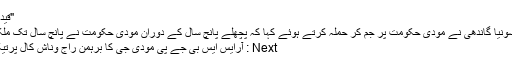
"قیدِ حات و بندِ غم"
Previous : سونیا گاندھی نے مودی حکومت پر جم کر حملہ کرتے ہوئے کہا کہ پچھلے پانچ سال کے دوران مودی حکومت نے پانچ سال تک ملک کو گمراہ کیا
Next : آرایس ایس بی جے پی مودی جی کا برہمن راج وناش کال پرتیک عملی سنسار